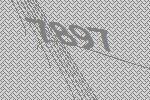
7897